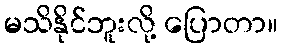
မသိနိုင်ဘူးလို့ ပြောတာ။